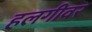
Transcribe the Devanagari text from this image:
हलगीवर